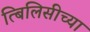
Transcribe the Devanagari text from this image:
त्बिलिसीच्या